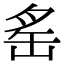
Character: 䍃